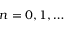
n = 0 , 1 , \dots